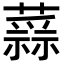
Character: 𧀂